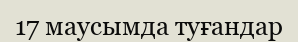
17 маусымда туғандар